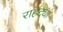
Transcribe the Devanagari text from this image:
राहट्या